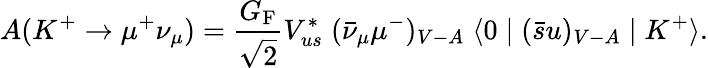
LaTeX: A(K^{+}\to\mu^{+}\nu_{\mu})={\frac{G_{\mathrm{F}}}{\sqrt 2}}V_{us}^{*}\; (\bar{\nu}_{\mu}\mu^{-})_{V-A}\; \langle 0\mid(\bar{s}u)_{V-A}\mid K^{+}\rangle.